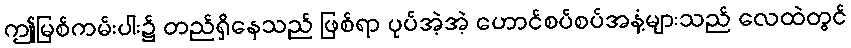
ဤမြစ်ကမ်းပါး၌ တည်ရှိနေသည် ဖြစ်ရာ ပုပ်အဲ့အဲ့ ဟောင်စပ်စပ်အနံ့များသည် လေထဲတွင်